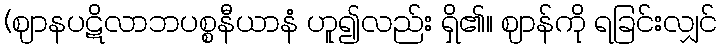
(ဈာနပဋိလာဘပစ္စနီယာနံ ဟူ၍လည်း ရှိ၏။ ဈာန်ကို ရခြင်းလျှင်